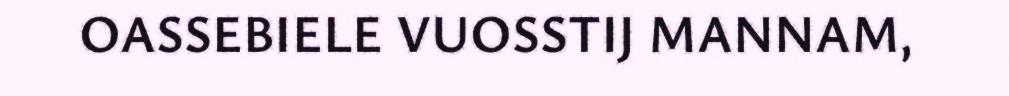
OASSEBIELE VUOSSTIJ MANNAM,